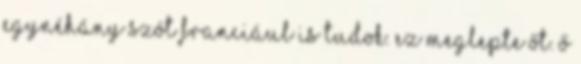
Egynéhány szót franciául is tudok. Ez meglepte őt. Ő